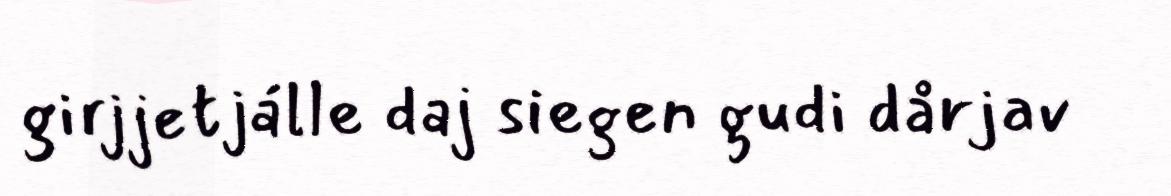
girjjetjálle daj siegen gudi dårjav